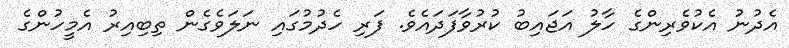
އެދުނު އެކުވެރިންގެ ހާލު އަޖައިބު ކުރުވާފަދައެވެ. ފަރި ހެދުމުގައި ނަލަވެގެން ތިބިއިރު އެމީހުންގެ